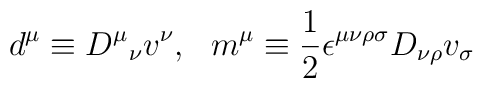
d^\mu \equiv {D^\mu}_\nu v^\nu , ~~m^\mu\equiv {1\over 2}\epsilon^{\mu\nu\rho\sigma} D_{\nu\rho}v_\sigma